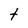
Character: t